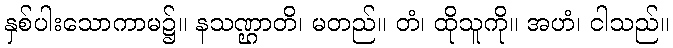
နှစ်ပါးသောကာမ၌။ နသဏ္ဌာတိ၊ မတည်။ တံ၊ ထိုသူကို။ အဟံ၊ ငါသည်။